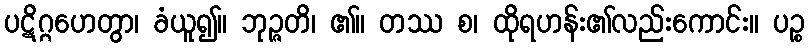
ပဋိဂ္ဂဟေတွာ၊ ခံယူ၍။ ဘုဉ္ဇတိ၊ ၏။ တဿ စ၊ ထိုရဟန်း၏လည်းကောင်း။ ပဉ္စ